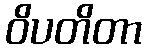
ဝိပတိတာ